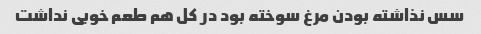
سس نذاشته بودن مرغ سوخته بود در کل هم طعم خوبی نداشت